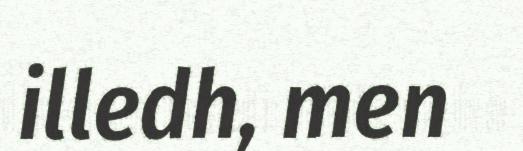
illedh, men